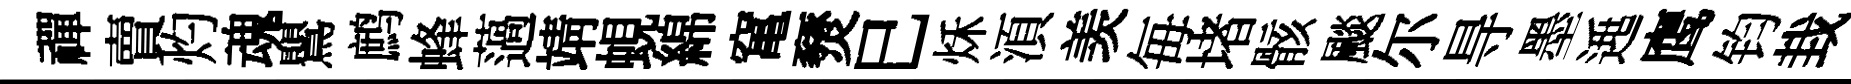
禪賣灼魂鸎鹧蜂薖靖蜆綿𥧄燹巳秌湏羡毎堵骸颷尔㝵墨𨓱鹰钧㘽